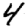
Digit: 4